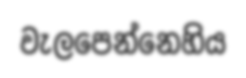
වැලපෙන්නෙහිය